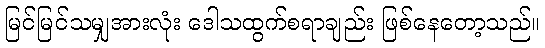
မြင်မြင်သမျှအားလုံး ဒေါသထွက်စရာချည်း ဖြစ်နေတော့သည်။